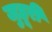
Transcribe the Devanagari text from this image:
जुहूरी